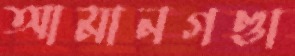
আমানগণ্ডা